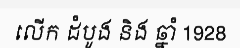
លើក ដំបូង និង ឆ្នាំ 1928